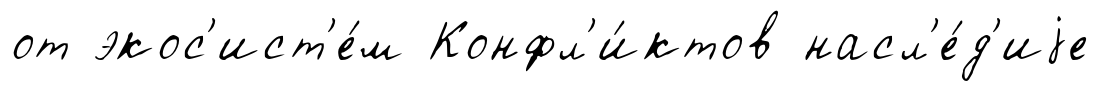
от экос'ист'е́м Конфл'и́ктов насл'е́д'иjе